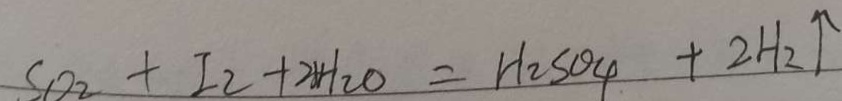
S O _ { 2 } + I _ { 2 } + 2 H _ { 2 } O = H _ { 2 } S O _ { 4 } + 2 H _ { 2 } \uparrow